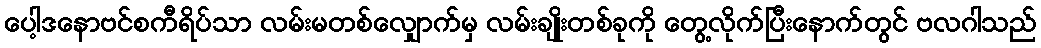
ပေါ့ဒနောဗင်စကီရိပ်သာ လမ်းမတစ်လျှောက်မှ လမ်းချိုးတစ်ခုကို တွေ့လိုက်ပြီးနောက်တွင် ဗလဂါသည်